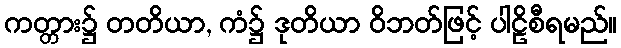
ကတ္တား၌ တတိယာ, ကံ၌ ဒုတိယာ ဝိဘတ်ဖြင့် ပါဠိစီရမည်။